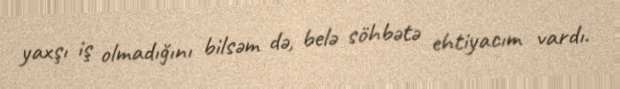
yaxşı iş olmadığını bilsəm də, belə söhbətə ehtiyacım vardı.